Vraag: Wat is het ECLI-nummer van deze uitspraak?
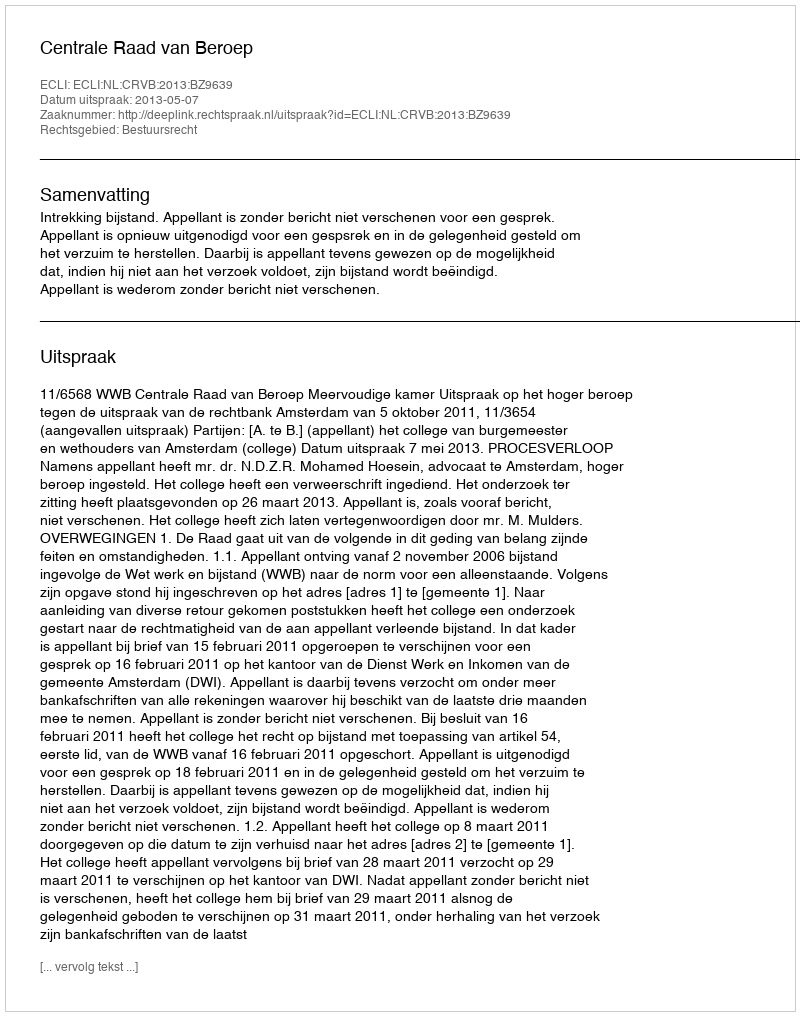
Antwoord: ECLI:NL:CRVB:2013:BZ9639